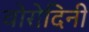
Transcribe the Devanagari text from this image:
वोरोदिनी